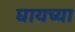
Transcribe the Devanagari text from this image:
घायच्या